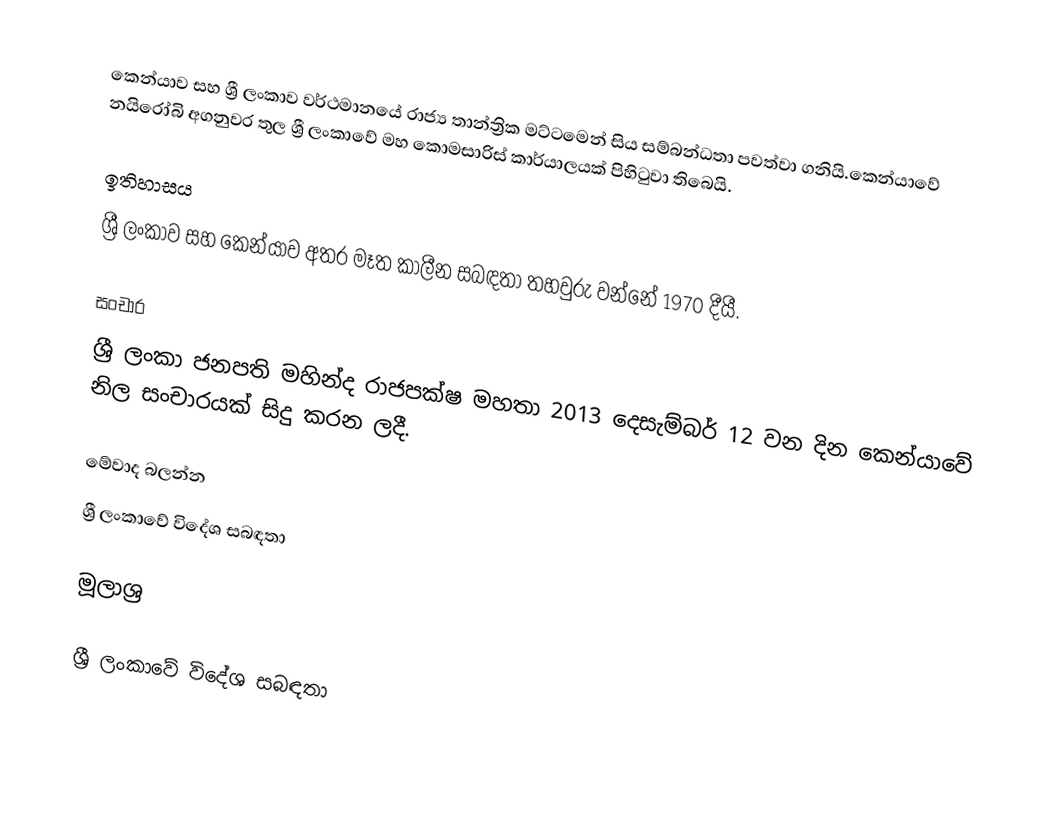
කෙන්යාව සහ ශ්‍රී ලංකාව වර්ථමානයේ රාජ්‍ය තාන්ත්‍රික මට්ටමෙන් සිය සම්බන්ධතා පවත්වා ගනියි.කෙන්යාවේ නයිරෝබි අගනුවර තුල ශ්‍රී ලංකාවේ මහ කොමසාරිස් කාර්යාලයක් පිහිටුවා තිබෙයි.

ඉතිහාසය
ශ්‍රී ලංකාව සහ කෙන්යාව අතර මෑත කාලීන සබඳතා තහවුරු වන්නේ 1970 දීයී.

සංචාර
ශ්‍රී ලංකා ජනපති මහින්ද රාජපක්ෂ මහතා 2013 දෙසැම්බර් 12 වන දින කෙන්යාවේ නිල සංචාරයක් සිදු කරන ලදී.

මේවාද බලන්න
ශ්‍රී ලංකාවේ විදේශ සබඳතා

මූලාශ්‍ර

ශ්‍රී ලංකාවේ විදේශ සබඳතා